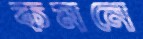
কমনে